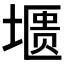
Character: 𰊛